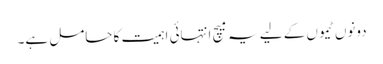
دونوں ٹیموں کے لیے یہ میچ انتہائی اہمیت کا حامل ہے۔